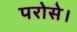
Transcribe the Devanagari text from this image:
परोसे।